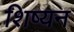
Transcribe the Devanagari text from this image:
शिष्यन